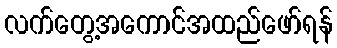
လက်တွေ့အကောင်အထည်ဖော်ရန်